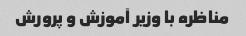
مناظره با وزیر آموزش و پرورش